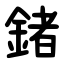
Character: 鍺